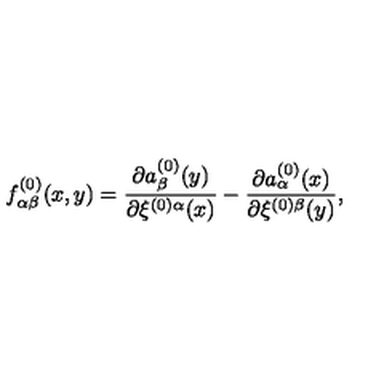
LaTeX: f _ { \alpha \beta } ^ { ( 0 ) } ( x , y ) = \frac { \partial a _ { \beta } ^ { ( 0 ) } ( y ) } { \partial \xi ^ { ( 0 ) \alpha } ( x ) } - \frac { \partial a _ { \alpha } ^ { ( 0 ) } ( x ) } { \partial \xi ^ { ( 0 ) \beta } ( y ) } ,